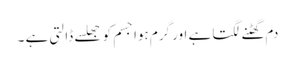
دم گھٹنے لگتا ہے اور گرم ہوا جسم کو جھلسے ڈالتی ہے ۔